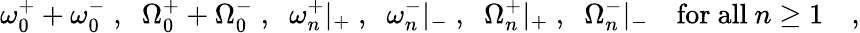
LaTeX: \omega_{0}^{+}+\omega_{0}^{-}\; ,\; \; \Omega_{0}^{+}+\Omega_{0}^{-}\; ,\; \; \omega_{n}^{+}|_{+}\; ,\; \; \omega_{n}^{-}|_{-}\; ,\; \; \Omega_{n}^{+}|_{+}\; ,\; \; \Omega_{n}^{-}|_{-}\quad\mathrm{for~all~}n\geq 1\quad,